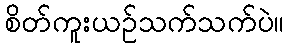
စိတ်ကူးယဉ်သက်သက်ပဲ။